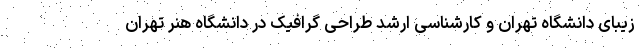
زیبای دانشگاه تهران و کارشناسی ارشد طراحی گرافیک در دانشگاه هنر تهران